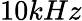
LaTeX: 10kHz